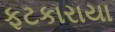
ફટકારાયા